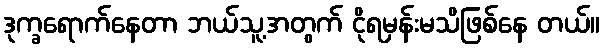
ဒုက္ခရောက်နေတာ ဘယ်သူ့အတွက် ငိုရမှန်းမသိဖြစ်နေ တယ်။